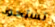
تستحوذ